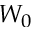
W _ { 0 }